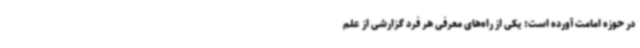
در حوزه امامت آورده است؛ یکی از راه‌های معرفی هر فرد گزارشی از علم